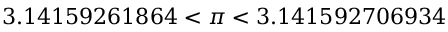
3 . 1 4 1 5 9 2 6 1 8 6 4 < \pi < 3 . 1 4 1 5 9 2 7 0 6 9 3 4